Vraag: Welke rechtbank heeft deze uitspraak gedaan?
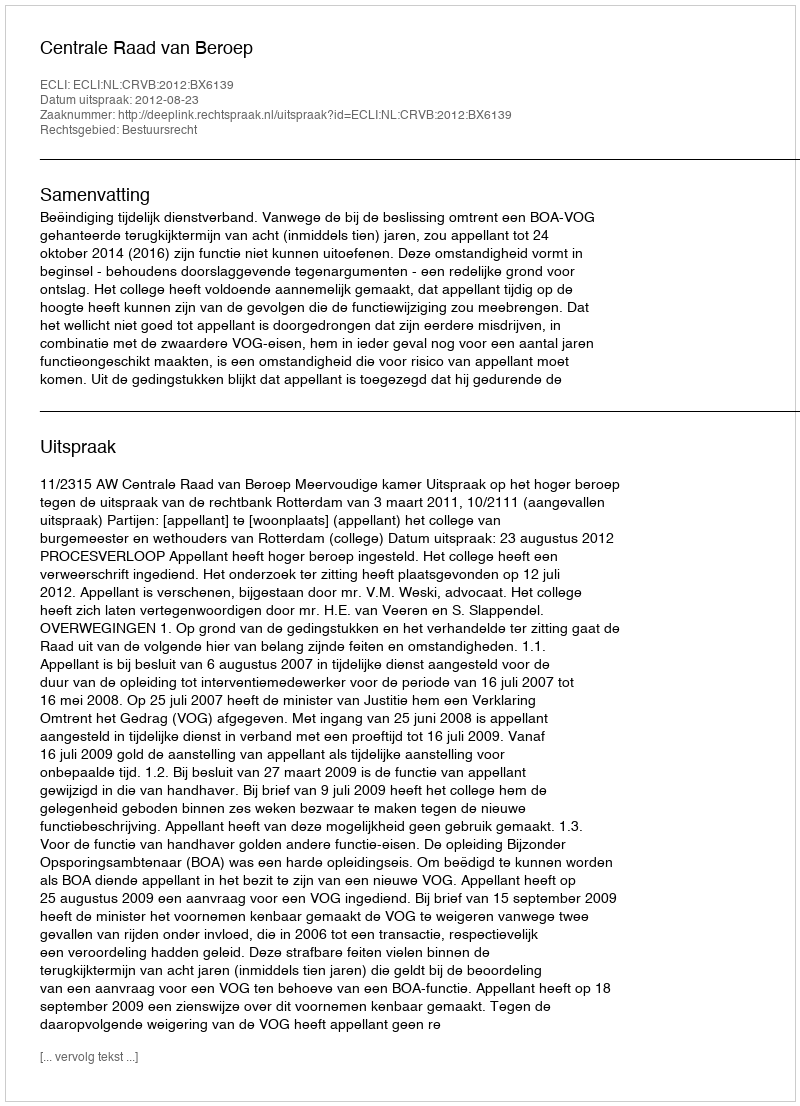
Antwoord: Centrale Raad van Beroep